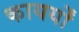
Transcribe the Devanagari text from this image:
कायर्यों